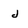
Character: j